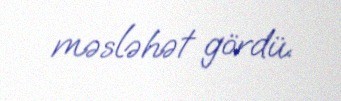
məsləhət gördü.